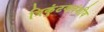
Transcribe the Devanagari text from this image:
त्रिकुंटकवंशीय